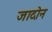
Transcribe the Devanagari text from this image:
जादोन